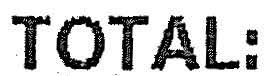
TOTAL: